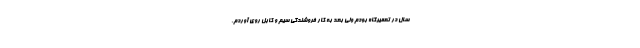
سال در تعمیرگاه بودم ولی بعد به کار فروشندگی سیم و کابل روی آوردم.